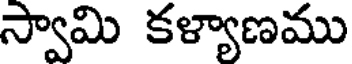
స్వామి కళ్యాణము